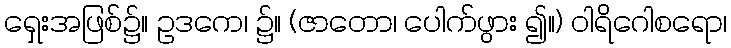
ရှေးအဖြစ်၌။ ဥဒကေ၊ ၌။ (ဇာတော၊ ပေါက်ဖွား ၍။) ဝါရိဂေါစရော၊